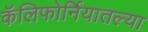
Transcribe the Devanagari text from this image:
कॅलिफोर्नियातल्या